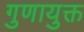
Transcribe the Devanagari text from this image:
गुणायुक्त